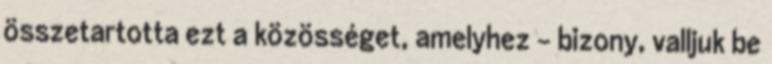
összetartotta ezt a közösséget, amelyhez - bizony, valljuk be